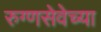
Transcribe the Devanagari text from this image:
रुग्णसेवेच्या